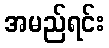
အမည်ရင်း